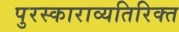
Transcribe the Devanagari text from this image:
पुरस्काराव्यतिरिक्त